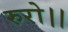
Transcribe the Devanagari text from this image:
रुरो।।